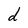
Character: d